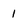
Character: 1